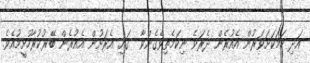
އަދި ހަމަކަށަވަރުން އެއުރެން ދެރަވެ ނިކަމެތިވެގެންވާ  ގައި އެރަށުން އެއުރެން ބޭރުކުރާހުށީމުއެވެ.